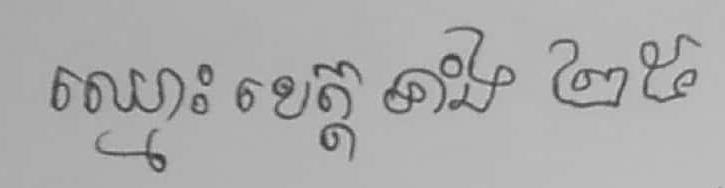
ឈ្មោះខេត្តទាំង ២៥